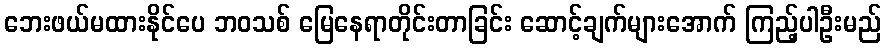
ဘေးဖယ်မထားနိုင်ပေ ဘဝသစ် မြေနေရာတိုင်းတာခြင်း ဆောင့်ချက်များအောက် ကြည့်ပါဦးမည်